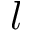
l